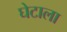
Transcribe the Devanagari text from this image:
घेटाला